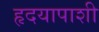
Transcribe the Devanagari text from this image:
हृदयापाशी